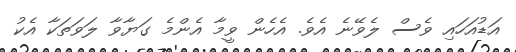
އަޑުއަހައި ވެސް ލެވޭނެ އެވެ. އެހެން ވީމާ އެންމެ ގަޔާވާ ލަވަތަކާ އެކު